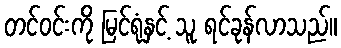
တင်ဝင်းကို မြင်ရုံနှင့် သူ ရင်ခုန်လာသည်။